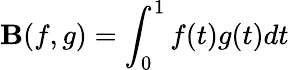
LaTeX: \mathbf{B}(f,g)=\int_{0}^{1}f(t)g(t)dt